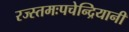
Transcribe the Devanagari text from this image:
रज्स्तमःपचेन्द्रियानी